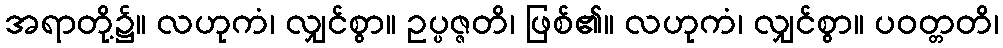
အရာတို့၌။ လဟုကံ၊ လျှင်စွာ။ ဥပ္ပဇ္ဇတိ၊ ဖြစ်၏။ လဟုကံ၊ လျှင်စွာ။ ပဝတ္တတိ၊